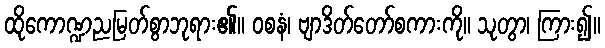
ထိုကောဏ္ဍညမြတ်စွာဘုရား၏။ ဝစနံ၊ ဗျာဒိတ်တော်စကားကို။ သုတွာ၊ ကြား၍။